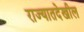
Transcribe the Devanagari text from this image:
राज्यातदेखील